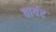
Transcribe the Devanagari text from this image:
वार्यर